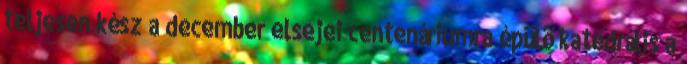
teljesen kész a december elsejei centenáriumra épülő katedrális a